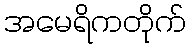
အမေရိကတိုက်